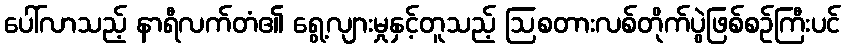
ပေါ်လာသည့် နာရီလက်တံ၏ ရွေ့လျားမှုနှင့်တူသည့် ဩစတားလစ်တိုက်ပွဲဖြစ်စဉ်ကြီးပင်